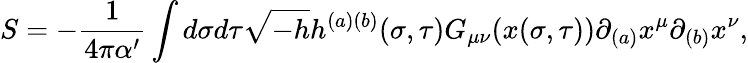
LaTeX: S=-\frac{1}{4\pi\alpha^{\prime}}\int d\sigma d\tau\sqrt{-h}h^{(a)(b)}(\sigma,\tau)G_{\mu\nu}(x(\sigma,\tau))\partial_{(a)}x^{\mu}\partial_{(b)}x^{\nu},